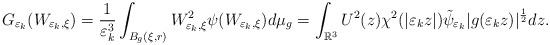
\begin{align*}G_{\varepsilon_{k}}(W_{\varepsilon_{k},\xi})=\frac{1}{\varepsilon_{k}^{3}}\int_{B_{g}(\xi,r)}W_{\varepsilon_{k},\xi}^{2}\psi(W_{\varepsilon_{k},\xi})d\mu_{g}=\int_{\mathbb{R}^{3}}U^{2}(z)\chi^{2}(|\varepsilon_{k}z|)\tilde{\psi}_{\varepsilon_{k}}|g(\varepsilon_{k}z)|^{\frac{1}{2}}dz.\end{align*}